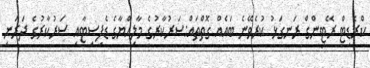
ކްރެޑިޓް ރޭޓިންގް ރަނގަޅު ކުރެވޭނެ ބައެއް ގޮތްތައް:ސަރުކާރުގެ މާލިއްޔާގެ ޑެފިސިޓާއި ސަރުކާރުގެ ދަރަނި